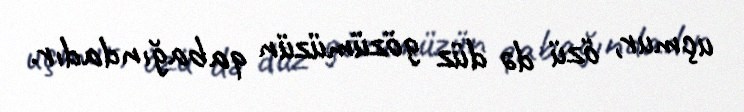
uçmur, özü də düz gözümüzün qabağındadır.